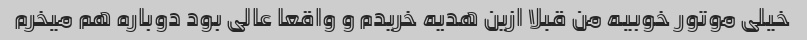
خیلی موتور خوبیه من قبلا ازین هدیه خریدم و واقعا عالی بود دوباره هم میخرم